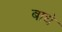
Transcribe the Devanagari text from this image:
बाधे